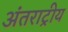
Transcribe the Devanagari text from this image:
अंतराट्रीय